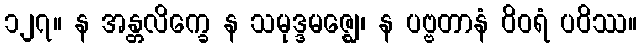
၁၂၇။ န အန္တလိက္ခေ န သမုဒ္ဒမဇ္ဈေ၊ န ပဗ္ဗတာနံ ဝိဝရံ ပဝိဿ။